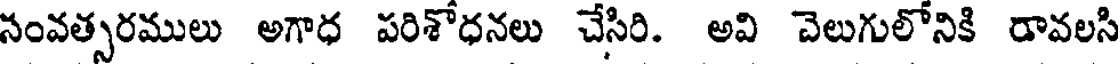
సంవత్సరములు అగాధ పరిశోధనలు చేసిరి. అవి చెలుగులోనికి రావలసి